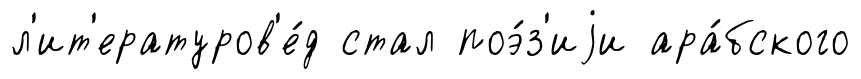
л'ит'ературов'е́д стал поэ́з'иjи ара́бского